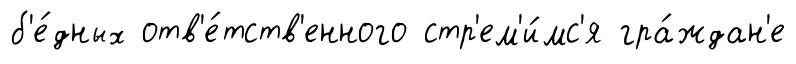
б'е́дных отв'е́тств'енного стр'ем'и́мс'я гра́ждан'е